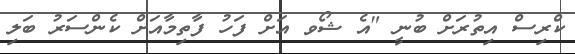
ކްރިސް އިތުރަށް ބުނީ "އެ ޝޯވ އަށް ފަހު ފާތިމާއަށް ކެންސަރު ބަލި